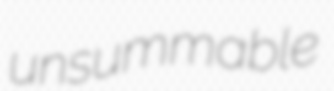
unsummable